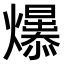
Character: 𤒁